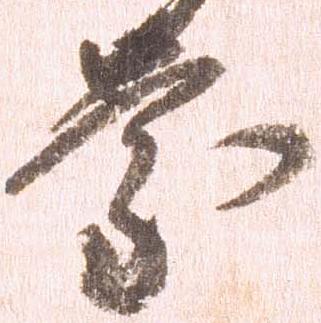
慶